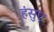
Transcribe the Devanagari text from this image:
हंसुए